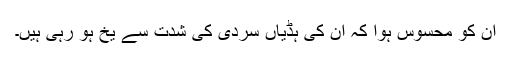
ان کو محسوس ہوا کہ ان کی ہڈیاں سردی کی شدت سے یخ ہو رہی ہیں۔